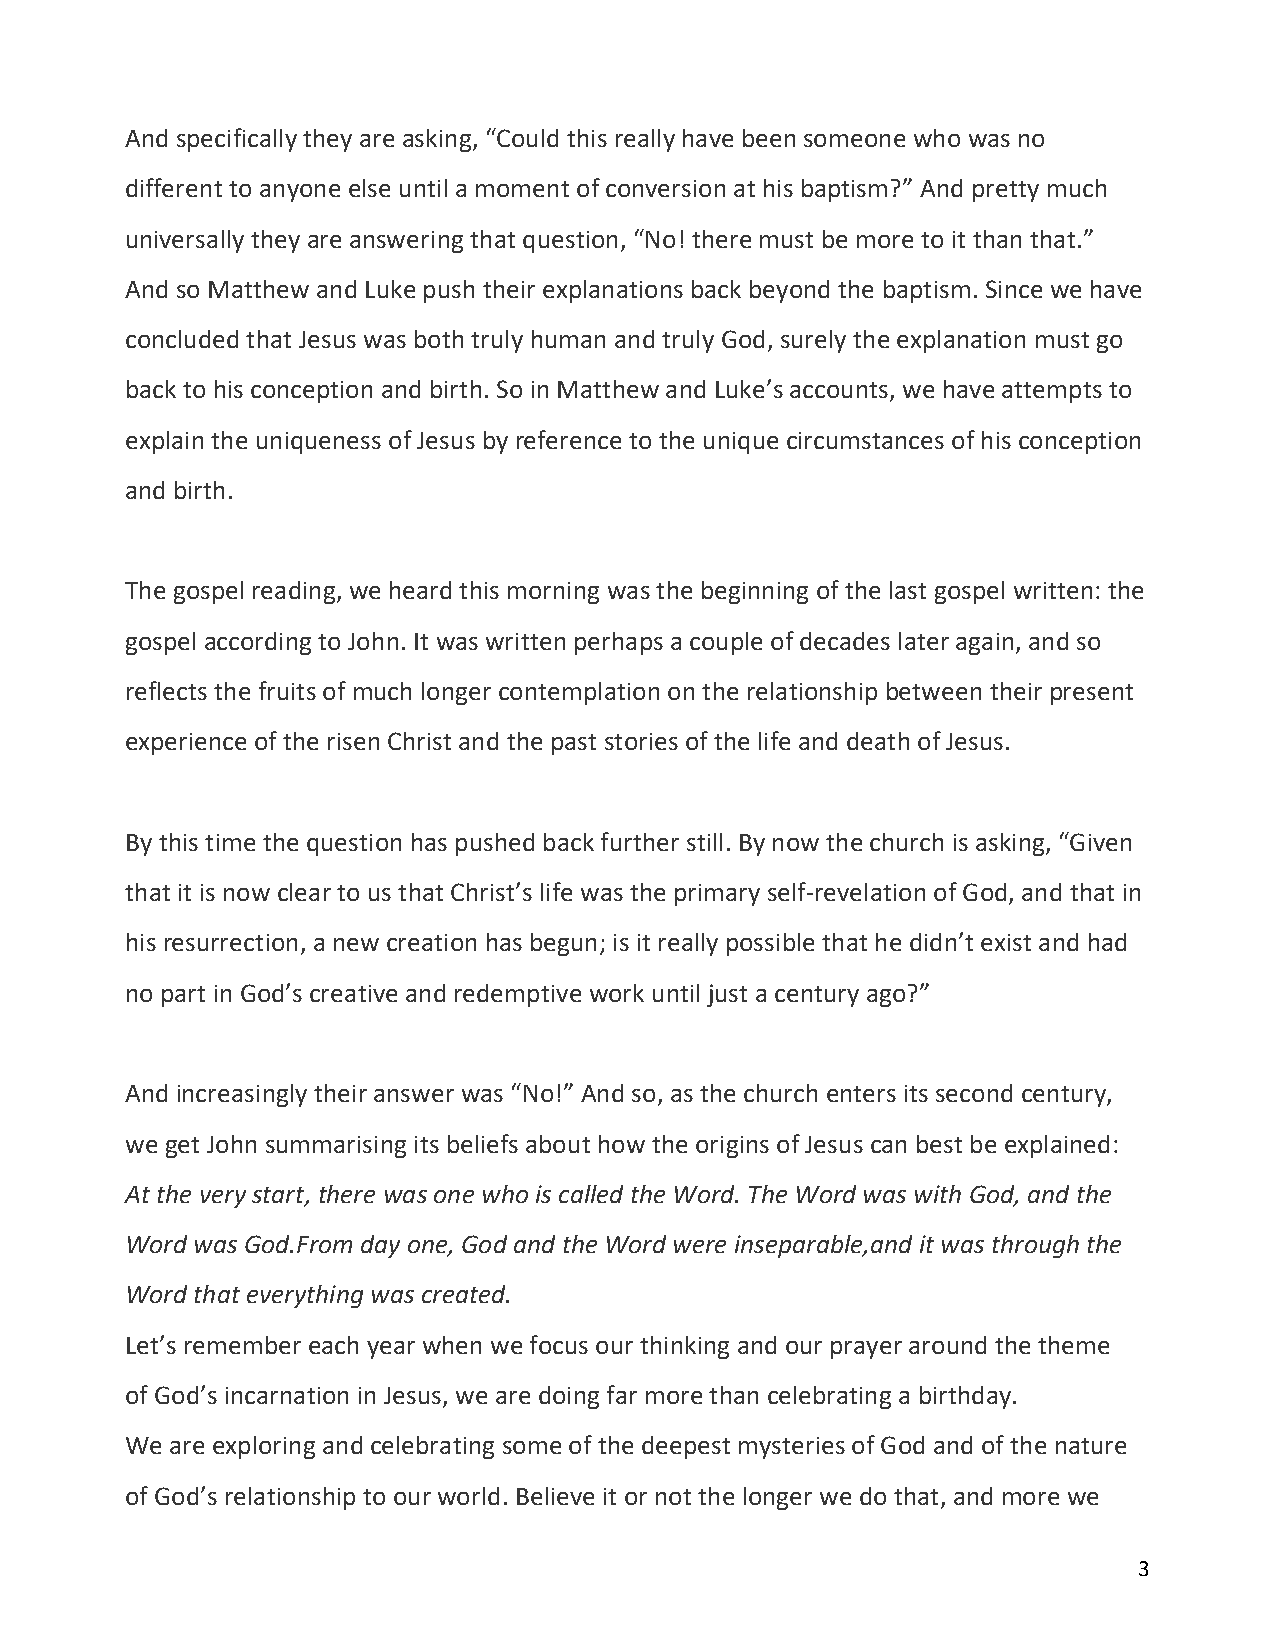
And specifically they are asking, “Could this really have been someone who was no
 different to anyone else until a moment of conversion at his baptism?” And pretty much
 universally they are answering that question, “No! there must be more to it than that.”
 And so Matthew and Luke push their explanations back beyond the baptism. Since we have
 concluded that Jesus was both truly human and truly God, surely the explanation must go
 back to his conception and birth. So in Matthew and Luke’s accounts, we have attempts to
 explain the uniqueness of Jesus by reference to the unique circumstances of his conception
 and birth.
 The gospel reading, we heard this morning was the beginning of the last gospel written: the
 gospel according to John. It was written perhaps a couple of decades later again, and so
 reflects the fruits of much longer contemplation on the relationship between their present
 experience of the risen Christ and the past stories of the life and death of Jesus.
 By this time the question has pushed back further still. By now the church is asking, “Given
 that it is now clear to us that Christ’s life was the primary self‐revelation of God, and that in
 his resurrection, a new creation has begun; is it really possible that he didn’t exist and had
 no part in God’s creative and redemptive work until just a century ago?”
 And increasingly their answer was “No!” And so, as the church enters its second century,
 we get John summarising its beliefs about how the origins of Jesus can best be explained:
 At the very start, there was one who is called the Word. The Word was with God, and the
 Word was God.From day one, God and the Word were inseparable,and it was through the
 Word that everything was created.
 Let’s remember each year when we focus our thinking and our prayer around the theme
 of God’s incarnation in Jesus, we are doing far more than celebrating a birthday.
 We are exploring and celebrating some of the deepest mysteries of God and of the nature
 of God’s relationship to our world. Believe it or not the longer we do that, and more we
 3